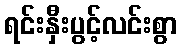
ရင်းနှီးပွင့်လင်းစွာ